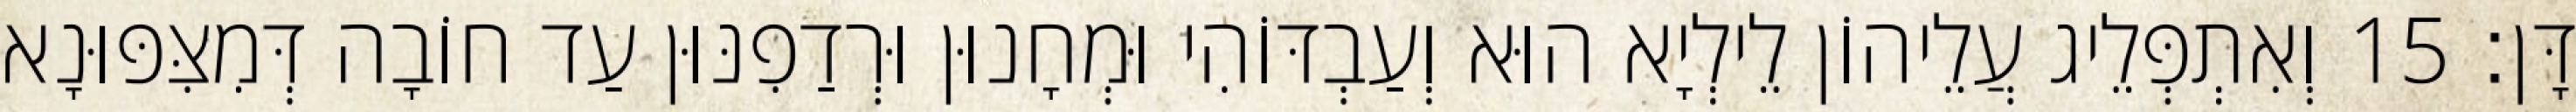
דָּן׃ 15 וְאִתְפְּלֵיג עֲלֵיהוֹן לֵילְיָא הוּא וְעַבְדּוֹהִי וּמְחָנוּן וּרְדַפִנּוּן עַד חוֹבָה דְּמִצִּפּוּנָא